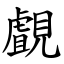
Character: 覰